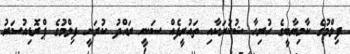
ފިލްމުގެ ކާމިޔާބީގެ ހުރިހާ ޝުކުރަކާއި ތައުރީފެއް ސަނީ ރައްދު ކުރަނީ ފިލްމުގެ ޕްރޮޑިއުސަރު